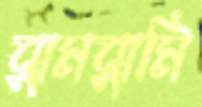
ঝুমঝুমি